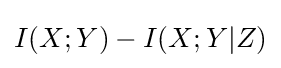
I(X;Y)-I(X;Y|Z)